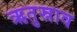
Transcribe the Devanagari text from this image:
ऋतुस्राव